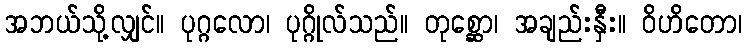
အဘယ်သို့လျှင်။ ပုဂ္ဂလော၊ ပုဂ္ဂိုလ်သည်။ တုစ္ဆော၊ အချည်းနှီး။ ဝိဟိတော၊